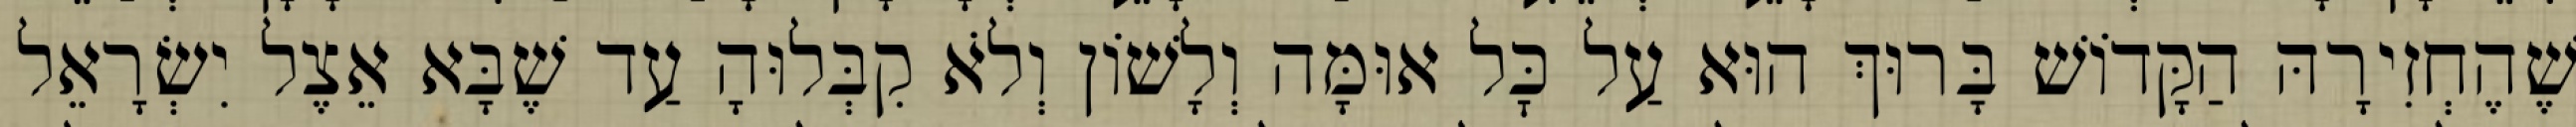
שֶׁהֶחְזִירָהּ הַקָּדוֹשׁ בָּרוּךְ הוּא עַל כׇּל אוּמָּה וְלָשׁוֹן וְלֹא קִבְּלוּהָ עַד שֶׁבָּא אֵצֶל יִשְׂרָאֵל